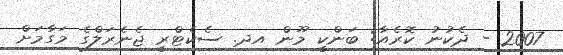
2007 - ދެކުނު ކޮރެއާ: ބަންކީ މޫން އދ. ސެކެޓްރީ ޖެނެރަލްގެ މަގާމަށް